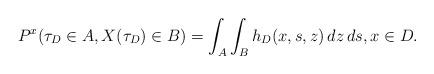
LaTeX: \begin{align*}P^x(\tau_D \in A, X(\tau_D) \in B) = \int_A \int_B h_D(x,s,z) \, dz \, ds, x \in D.\end{align*}